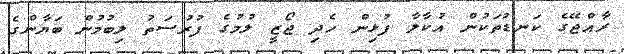
ރާއްޖޭގެ ކަނޑުތަކުން އުކާލާ ފުޅިން ހެދި ޖޯޒީ ލުމުގެ ފުރުސަތު ލިބުމުން ބަޔާންގެ